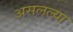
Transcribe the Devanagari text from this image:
असलल्या